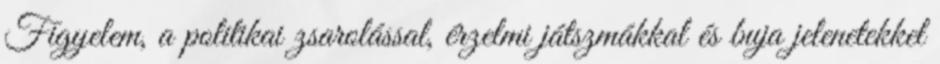
Figyelem, a politikai zsarolással, érzelmi játszmákkal és buja jelenetekkel